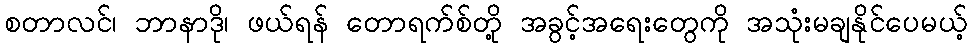
စတာလင်၊ ဘာနာဒို၊ ဖယ်ရန် တောရက်စ်တို့ အခွင့်အရေးတွေကို အသုံးမချနိုင်ပေမယ့်